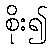
စိုး၍